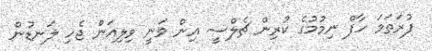
ފުރަތަމަ ހާފް ނިމުމުގެ ކުރިން ޗެލްސީ އިން ވަނީ ވިލިއަން ޖެހި ލަނޑުން